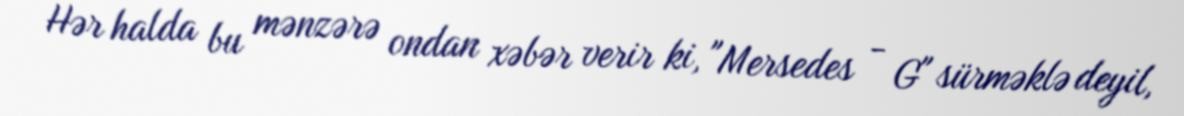
Hər halda bu mənzərə ondan xəbər verir ki, "Mersedes - G" sürməklə deyil,